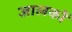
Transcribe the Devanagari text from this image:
जालकों